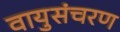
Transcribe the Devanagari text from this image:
वायुसंचरण